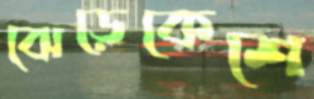
ঝেড়েকেশে